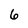
Character: 6